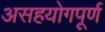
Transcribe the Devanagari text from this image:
असहयोगपूर्ण